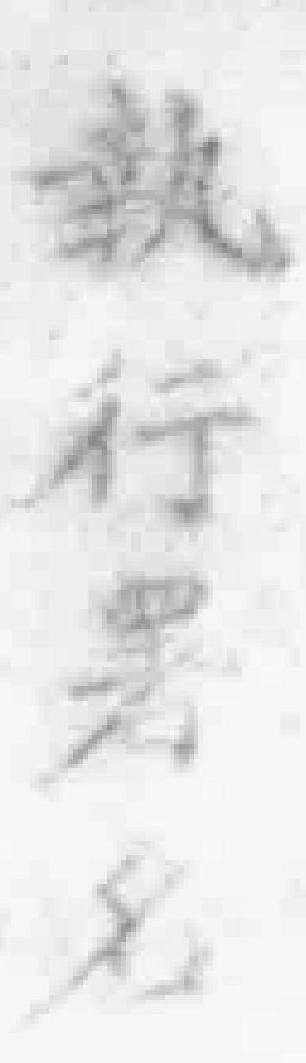
執行署名